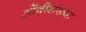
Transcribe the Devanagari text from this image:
ओंवीसंख्या